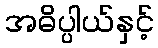
အဓိပ္ပါယ်နှင့်